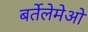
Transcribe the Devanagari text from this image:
बर्तेलेमेओ